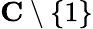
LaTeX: \mathbf{C}\setminus\{ 1\}